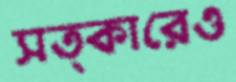
সত্কারেও